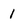
Character: 1